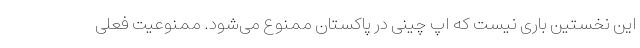
این نخستین باری نیست که اپ چینی در پاکستان ممنوع می‌شود. ممنوعیت فعلی